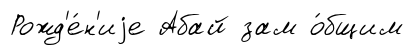
Рожд'е́н'иjе Абай зам о́бщим